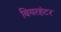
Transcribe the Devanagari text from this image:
बियरहंटर